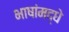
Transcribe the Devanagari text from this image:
भाषांमद्धे